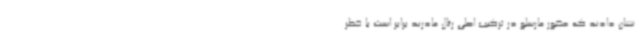
نشان دادند که حضور مارسلو در ترکیب اصلی رئال مادرید برابر است با خطر